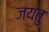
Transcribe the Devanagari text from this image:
जयतु